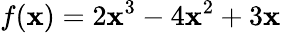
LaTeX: f(\mathbf{x})=2\mathbf{x}^{3}-4\mathbf{x}^{2}+3\mathbf{x}